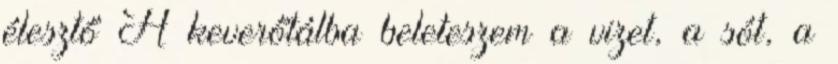
élesztő A keverőtálba beleteszem a vizet, a sót, a